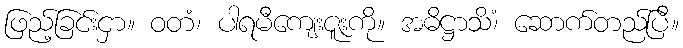
ဖြည့်ခြင်းငှာ။ ဝတံ၊ ပါရမီကျေးဇူးကို။ အဓိဋ္ဌာသိံ၊ ဆောက်တည်ပြီ။